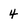
Character: 4